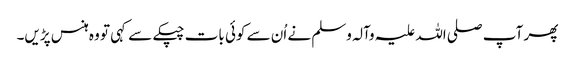
پھر آپ صلی اللہ علیہ وآلہ وسلم نے اُن سے کوئی بات چپکے سے کہی تو وہ ہنس پڑیں۔